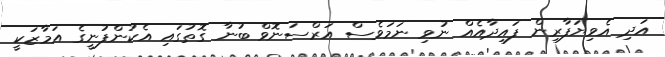
އަދި އެވިޔަފާރިން ފައިދާއެއް ނުވި ނަމަވެސް އަރްސަނޮވް ބުނާ ގޮތުގައި އެކުންފުނީގެ އަމާޒަކީ